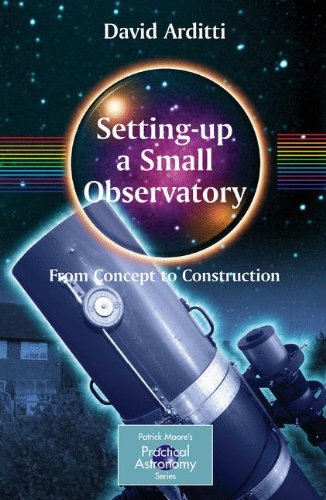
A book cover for Setting-Up a Small Observatory: From Concept to Construction (The Patrick Moore Practical Astronomy Series); David Arditti; Science & Math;